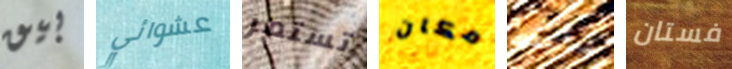
بيق عشوائي تستمر مكان سألتقط فستان